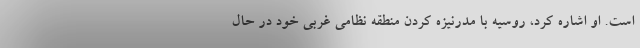
است. او اشاره کرد، روسیه با مدرنیزه کردن منطقه نظامی غربی خود در حال